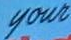
youn